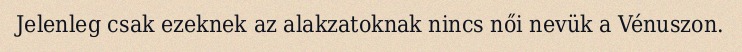
Jelenleg csak ezeknek az alakzatoknak nincs női nevük a Vénuszon.